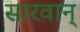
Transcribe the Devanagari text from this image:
सारवान्‌